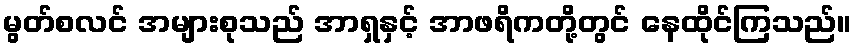
မွတ်စလင် အများစုသည် အာရှနှင့် အာဖရိကတို့တွင် နေထိုင်ကြသည်။